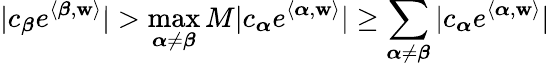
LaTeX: |c_{\boldsymbol\beta}e^{\langle\boldsymbol\beta,{\mathbf w}\rangle}|>\operatorname*{max}_{\boldsymbol\alpha\neq\boldsymbol\beta}M|c_{\boldsymbol\alpha}e^{\langle\boldsymbol\alpha,{\mathbf w}\rangle}|\ge\sum_{\boldsymbol\alpha\neq\boldsymbol\beta}|c_{\boldsymbol\alpha}e^{\langle\boldsymbol\alpha,{\mathbf w}\rangle}|